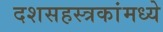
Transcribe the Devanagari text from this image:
दशसहस्त्रकांमध्ये